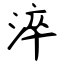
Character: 淬